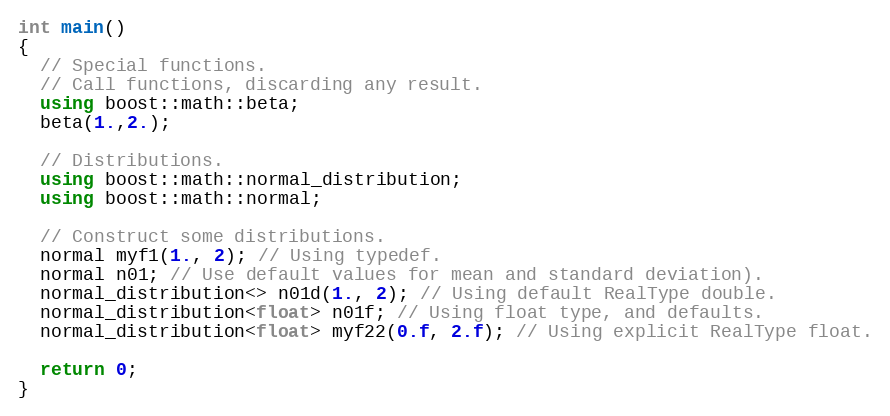
Language: C++
int main()
{
  // Special functions.
  // Call functions, discarding any result.
  using boost::math::beta;
  beta(1.,2.);

  // Distributions.
  using boost::math::normal_distribution;
  using boost::math::normal;

  // Construct some distributions.
  normal myf1(1., 2); // Using typedef.
  normal n01; // Use default values for mean and standard deviation).
  normal_distribution<> n01d(1., 2); // Using default RealType double.
  normal_distribution<float> n01f; // Using float type, and defaults.
  normal_distribution<float> myf22(0.f, 2.f); // Using explicit RealType float.

  return 0;
}